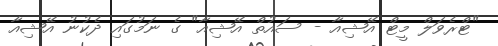
"ޓްރެވަލް މީޓް އޭޝިއާ - ސައުތް އޭޝިއާ" ގެ ނަމުގައި ދެކުނު އޭޝިއާ